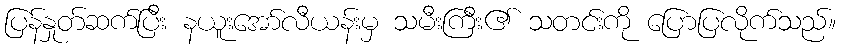
ပြန်နှုတ်ဆက်ပြီး နယူးအော်လီယန်းမှ သမီးကြီး၏ သတင်းကို ပြောပြလိုက်သည်။